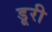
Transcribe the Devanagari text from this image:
डूरी